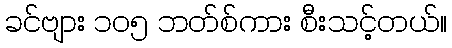
ခင်ဗျား ၁၀၅ ဘတ်စ်ကား စီးသင့်တယ်။